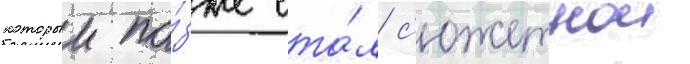
которыи по́зже ста́л с'южетнои